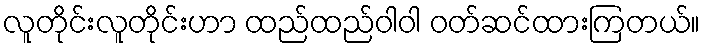
လူတိုင်းလူတိုင်းဟာ ထည်ထည်ဝါဝါ ဝတ်ဆင်ထားကြတယ်။